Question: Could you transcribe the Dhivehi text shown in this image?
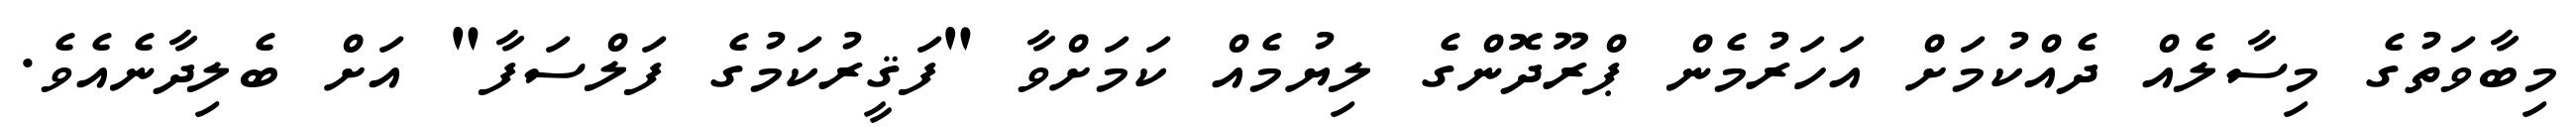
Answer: މިބާވަތުގެ މިސާލެއް ދެއްކުމަށް އަހަރުމެން ޕްރޫދޮންގެ ލިޔުމެއް ކަމަށްވާ "ފަޤީރުކަމުގެ ފަލްސަފާ" އަށް ބެލިދާނެއެވެ.